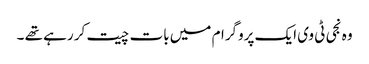
وہ نجی ٹی وی ایک پروگرام میں بات چیت کر رہے تھے ۔